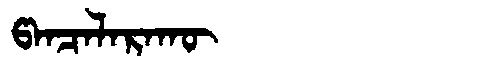
Manchu: ᡦᠠᠨᠴᠠᠯᠠᡵᠠᡴᡡ
Romanization: PANCALARAKŪ